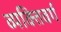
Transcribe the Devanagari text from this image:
व्यक्तिवर्ग